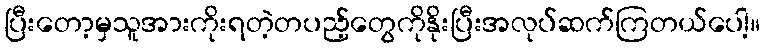
ပြီးတော့မှသူအားကိုးရတဲ့တပည့်တွေကိုနိုးပြီးအလုပ်ဆက်ကြတယ်ပေါ့။